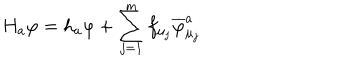
LaTeX: H _ { a } \varphi = h _ { a } \varphi + \sum _ { j = 1 } ^ { m } f _ { \mu _ { j } } \overline { { { \varphi } } } _ { \mu _ { j } } ^ { a }